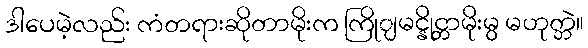
ဒါပေမဲ့လည်း ကံတရားဆိုတာမိုးက ကြိုျမင္နိုင္တာမိုးမွ မဟုတ္ဘဲ။